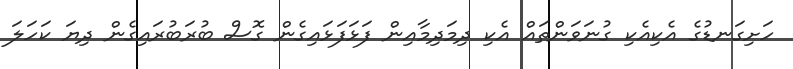
ހަށިގަނޑުގެ އެކިއެކި ގުނަވަންތައް އެކި ދިމަދިމާއިން ފަޅަފަޅައިގެން ގޮސް ބުރަބުރައިގެން ދިޔަ ކަހަލަ